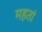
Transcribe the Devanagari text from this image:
महतां